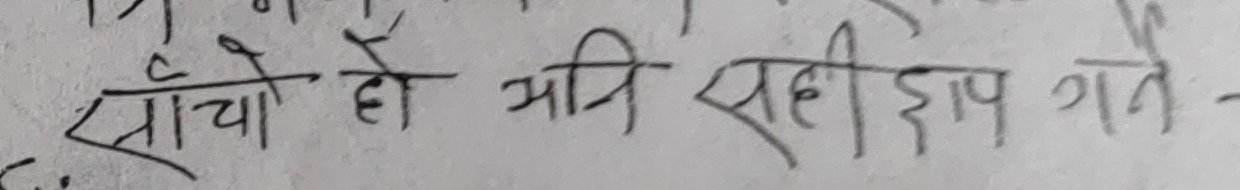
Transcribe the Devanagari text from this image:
साँचो हो अनि सही छाप गर्ने -